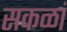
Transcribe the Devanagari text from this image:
सकळां